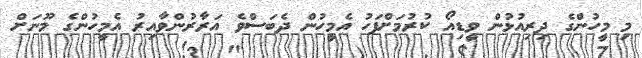
މި މީހުންގެ ދިރިއުޅުން ވީޑިއޯ ކުރުމަށްފަހު އެމީހުން ދެބަސްވެ އަރާރުންވާއިރު އެމީހުންގެ މޫނަށް